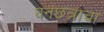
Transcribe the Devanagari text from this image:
वनछत्राचा